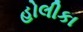
હોલીકા